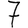
Digit: 7